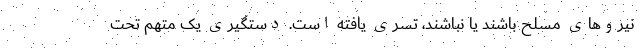
نیروهای مسلح باشند یا نباشند، تسری یافته است. دستگیری یک متهم تحت